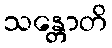
သန္တောတိ